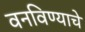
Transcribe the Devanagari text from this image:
वनविण्याचे